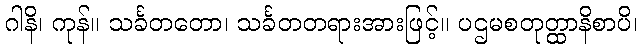
ဂါနိ၊ ကုန်။ သင်္ခတတော၊ သင်္ခတတရားအားဖြင့်။ ပဌမစတုတ္ထာနိစာပိ၊